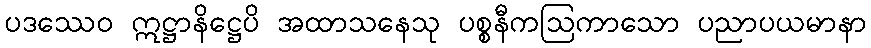
ပဒဿေဝ ဣဋ္ဌာနိဋ္ဌေပိ အထာသနေသု ပစ္စနီကဩကာသော ပညာပယမာနာ